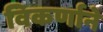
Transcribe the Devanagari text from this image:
विकर्णाने